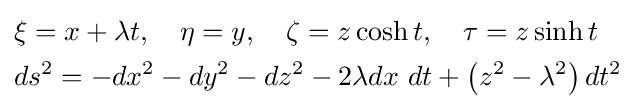
{\begin{aligned}&\xi =x+\lambda t,\quad \eta =y,\quad \zeta =z\cosh t,\quad \tau =z\sinh t\\&ds^{2}=-dx^{2}-dy^{2}-dz^{2}-2\lambda dx\ dt+\left(z^{2}-\lambda ^{2}\right)dt^{2}\end{aligned}}